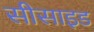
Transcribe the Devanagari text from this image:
सीसाइड